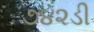
૭૪૨ડી